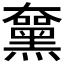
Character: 𪑵